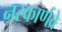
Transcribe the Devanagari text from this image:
नरकार्णवे